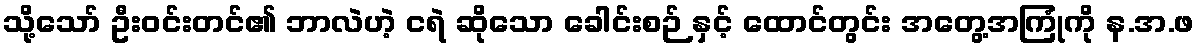
သို့သော် ဦးဝင်းတင်၏ ဘာလဲဟဲ့ ငရဲ ဆိုသော ခေါင်းစဉ် နှင့် ထောင်တွင်း အတွေ့အကြုံကို န.အ.ဖ